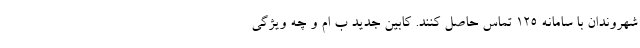
شهروندان با سامانه ۱۲۵ تماس حاصل کنند. کابین جدید ب ام و چه ویژگی